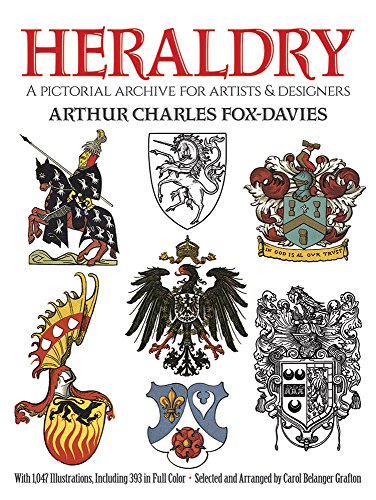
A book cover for Heraldry: A Pictorial Archive for Artists and Designers (Dover Pictorial Archive); Arthur Charles Fox-Davies; Arts & Photography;